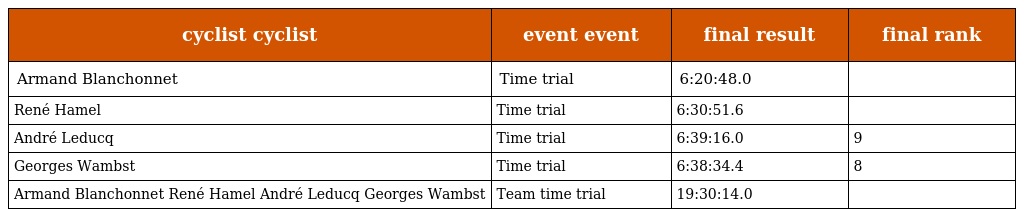
| cyclist cyclist | event event | final result | final rank |
 | --- | --- | --- | --- |
 | Armand Blanchonnet | Time trial | 6:20:48.0 |  |
 | René Hamel | Time trial | 6:30:51.6 |  |
 | André Leducq | Time trial | 6:39:16.0 | 9 |
 | Georges Wambst | Time trial | 6:38:34.4 | 8 |
 | Armand Blanchonnet René Hamel André Leducq Georges Wambst | Team time trial | 19:30:14.0 |  |